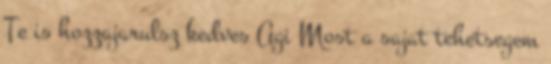
Te is hozzajarulsz kedves Agi Most a sajat tehetsegem